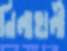
নিলাহালী